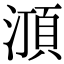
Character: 㴿